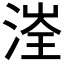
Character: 𰜤